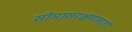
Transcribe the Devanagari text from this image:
सीमासंरक्षणासाठी